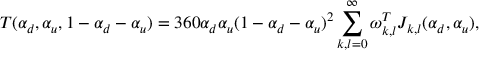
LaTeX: { \cal T } ( \alpha _ { d } , \alpha _ { u } , 1 - \alpha _ { d } - \alpha _ { u } ) = 3 6 0 \alpha _ { d } \alpha _ { u } ( 1 - \alpha _ { d } - \alpha _ { u } ) ^ { 2 } \sum _ { k , l = 0 } ^ { \infty } \omega _ { k , l } ^ { T } J _ { k , l } ( \alpha _ { d } , \alpha _ { u } ) ,